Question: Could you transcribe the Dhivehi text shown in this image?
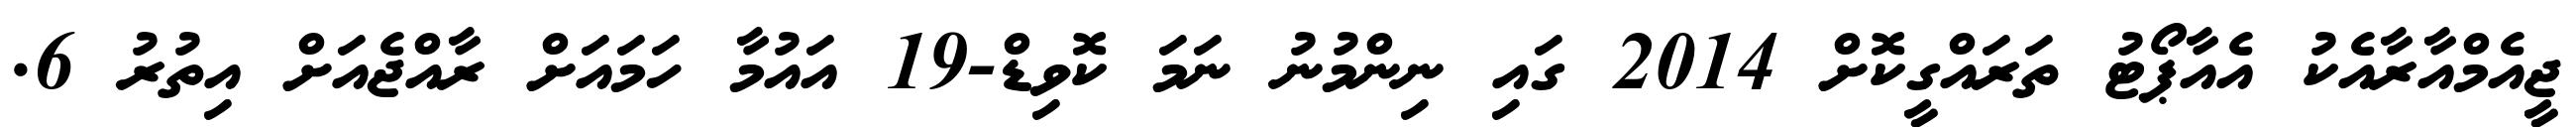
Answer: ޖީއެމްއާރާއެކު އެއާޕޯޓު ތަރައްގީކޮށް 2014 ގައި ނިންމުނު ނަމަ ކޮވިޑް-19 އައުމާ ހަމައަށް ރާއްޖެއަށް އިތުރު 6.